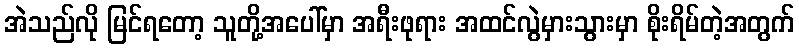
အဲသည်လို မြင်ရတော့ သူတို့အပေါ်မှာ အရီးဖုရား အထင်လွဲမှားသွားမှာ စိုးရိမ်တဲ့အတွက်